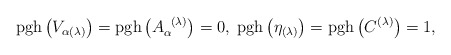
\begin{align*}\mathrm{pgh}\left( V_{\alpha (\lambda )}\right) =\mathrm{pgh}\left(A_{\alpha }^{\;\;(\lambda )}\right) =0,\;\mathrm{pgh}\left( \eta _{(\lambda)}\right) =\mathrm{pgh}\left( C^{(\lambda )}\right) =1, \end{align*}